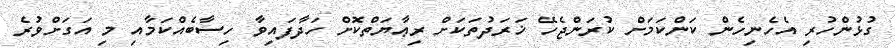
ގުޅުންހުރި އެހެނިހެން ކަންކަމަށް ކުރަންޖެހޭ ޚަރަދުތަކަށް ރިޢާޔަތްކޮށް ހަދާފައިވާ ހިސާބެއްކަމާއި މި އަގަށްވުރެ